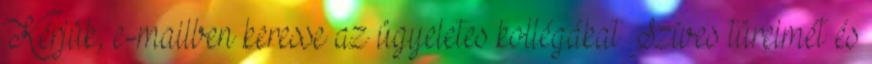
Kérjük, e-mailben keresse az ügyeletes kollégákat Szíves türelmét és